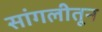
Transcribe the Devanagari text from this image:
सांगलीतून